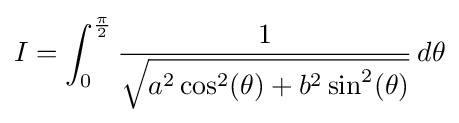
I=\int _{0}^{\frac {\pi }{2}}{\frac {1}{\sqrt {a^{2}\cos ^{2}(\theta )+b^{2}\sin ^{2}(\theta )}}}\,d\theta